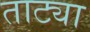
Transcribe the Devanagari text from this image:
ताट्या